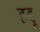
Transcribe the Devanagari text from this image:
हद्दू